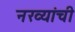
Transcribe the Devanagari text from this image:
नख्यांची